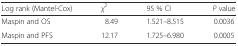
<table><thead><tr><td><b>Log rank (Mantel-Cox)</b></td><td><b><i>χ</i><sup>2</sup></b></td><td><b>95 % CI</b></td><td><b><i>P</i> value</b></td></tr></thead><tbody><tr><td>Maspin and OS</td><td>8.49</td><td>1.521–8.515</td><td>0.0036</td></tr><tr><td>Maspin and PFS</td><td>12.17</td><td>1.725–6.980</td><td>0.0005</td></tr></tbody></table>